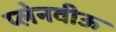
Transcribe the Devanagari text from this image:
प्लेनवीऊ